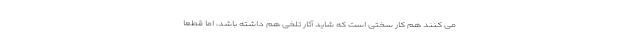
می کنند هم کار سختی است که شاید آثار تلخی هم داشته باشد، اما قطعاً